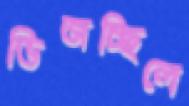
ভিজচ্ছিলে